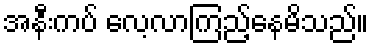
အနီးကပ် လေ့လာကြည့်နေမိသည်။